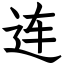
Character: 连